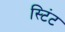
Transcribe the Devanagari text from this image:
स्टिंट